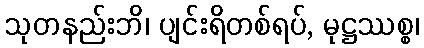
သုတနည်းဘိ၊ ပျင်းရိတစ်ရပ်, မုဋ္ဌဿစ္စ၊